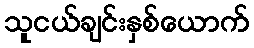
သူငယ်ချင်းနှစ်ယောက်